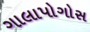
ગાલાપોગોસ